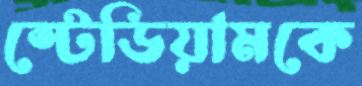
স্টেডিয়ামকে